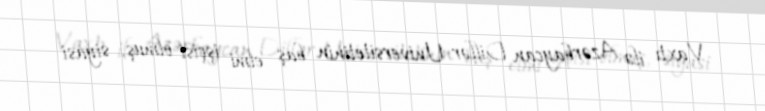
Vaxtı ilə Azərbaycan Dillər Universitetinin baş elmi işçisi olmuş, siyasi